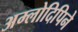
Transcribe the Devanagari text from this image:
अम्लोदिपिने